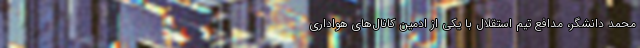
محمد دانشگر، مدافع تیم استقلال با یکی از ادمین‌ کانال‌های هواداری